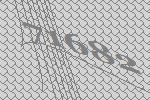
71682